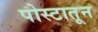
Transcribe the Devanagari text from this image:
पोस्टातून